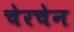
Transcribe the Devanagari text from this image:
चेरचेन